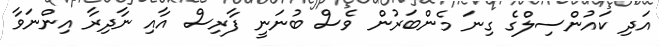
އަދި ކައުންސިލްގެ ގިނަ މެންބަރުން ވެސް ބުނަނީ ފާރިސް އާއި ނާދިރާ އިންނަވާ